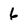
Character: 6